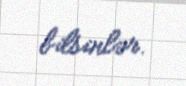
bilsinlər.